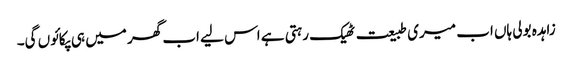
زاہدہ بولی ہاں اب میری طبیعت ٹھیک رہتی ہے اس لیے اب گھر میں ہی پکائوں گی۔